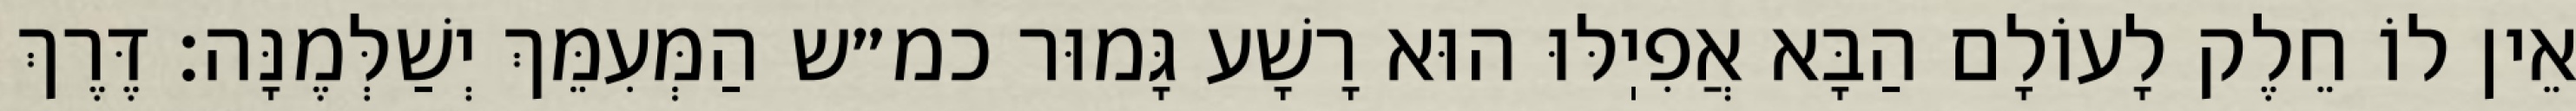
אֵין לוֹ חֵלֶק לָעוֹלָם הַבָּא אֲפִיֽלּוּ הוּא רָשָׁע גָּמוּר כמ״ש הַמְּעִמֵּךְ יְשַׁלְּמֶנָּה: דֶּרֶךְ